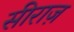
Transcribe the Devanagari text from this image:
सीराज़